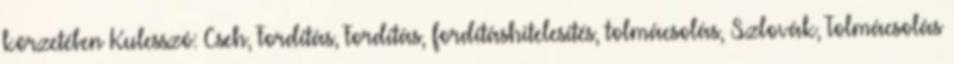
körzetében Kulcsszó: Cseh, Fordítás, Fordítás, fordításhitelesítés, tolmácsolás, Szlovák, Tolmácsolás